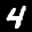
Label: 4